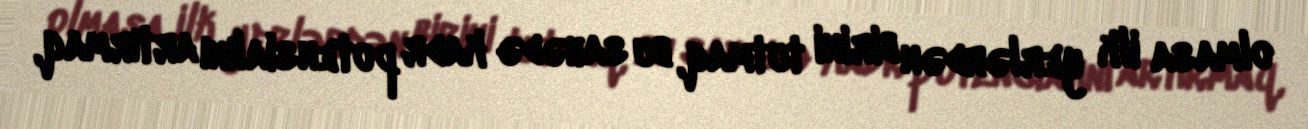
olmasa ilk yerlərdən birini tutmaq, bu sahədə kadr potensialını artırmaq,